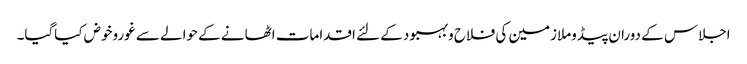
اجلاس کے دوران پیڈوملازمین کی فلاح وبہبود کے لئے اقدامات اٹھانے کے حوالے سے غوروخوض کیاگیا۔